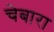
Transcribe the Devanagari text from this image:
चेबारा